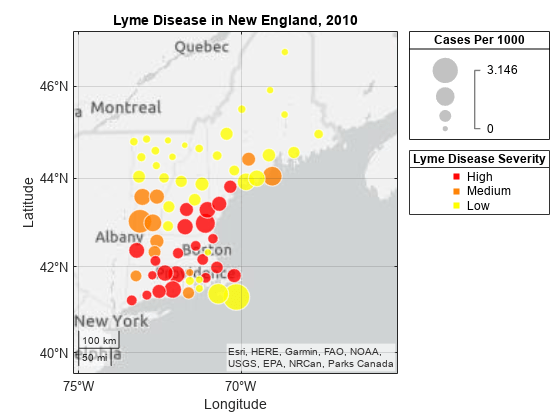
matlab, geobubble